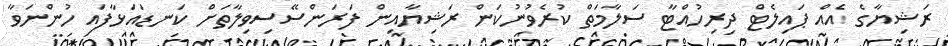
ރަޝިޔާގެ އެއް ޕައިލެޓް ދިރިހުއްޓާ ސަލާމަތް ކުރެވުނުކަން ރަޝިޔާއިން ފަރަންސޭސިވިލާތަށް ކަނޑައަޅާފައި ހުންނަވާ